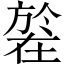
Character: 𣄒